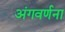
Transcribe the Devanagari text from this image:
अंगवर्णना